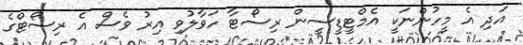
އަދި އެ މީހުންނަކީ އެމްޓީޑީސީން ރިސޯޓާ ހަވާލުވި އިރު ވެސް އެ ރިސޯޓްގެ